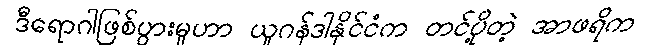
ဒီရောဂါဖြစ်ပွားမှုဟာ ယူဂန်ဒါနိုင်ငံက တင်ပို့တဲ့ အာဖရိက